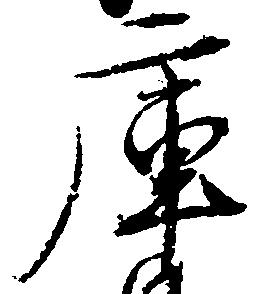
庫